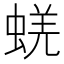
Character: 蜣